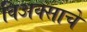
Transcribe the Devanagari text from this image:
विअक्साचे